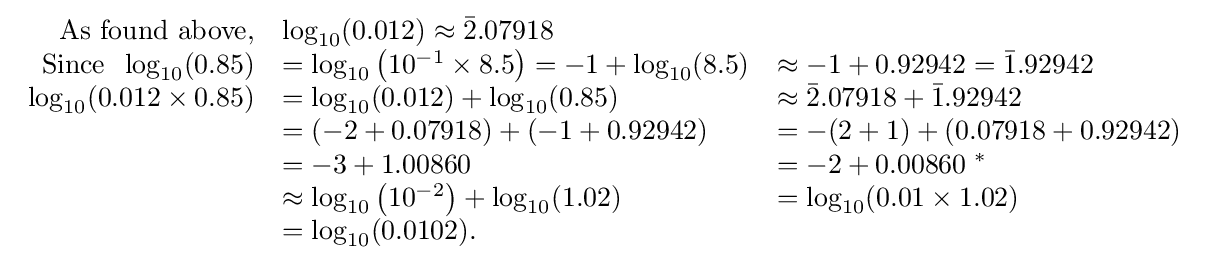
{\begin{array}{rll}{\text{As found above,}}&\log _{10}(0.012)\approx {\bar {2}}.07918\\{\text{Since}}\;\;\log _{10}(0.85)&=\log _{10}\left(10^{-1}\times 8.5\right)=-1+\log _{10}(8.5)&\approx -1+0.92942={\bar {1}}.92942\\\log _{10}(0.012\times 0.85)&=\log _{10}(0.012)+\log _{10}(0.85)&\approx {\bar {2}}.07918+{\bar {1}}.92942\\&=(-2+0.07918)+(-1+0.92942)&=-(2+1)+(0.07918+0.92942)\\&=-3+1.00860&=-2+0.00860\;^{*}\\&\approx \log _{10}\left(10^{-2}\right)+\log _{10}(1.02)&=\log _{10}(0.01\times 1.02)\\&=\log _{10}(0.0102).\end{array}}